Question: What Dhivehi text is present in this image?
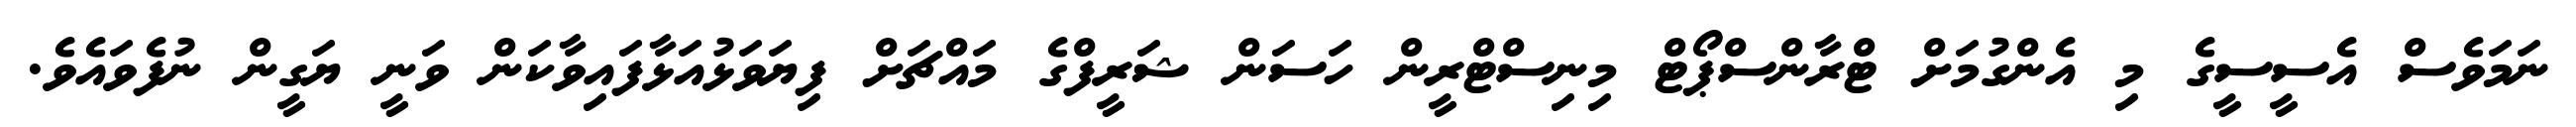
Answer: ނަމަވެސް އެސީސީގެ މި އެންގުމަށް ޓްރާންސްޕޯޓް މިނިސްޓްރީން ހަސަން ޝަރީފްގެ މައްޗަށް ފިޔަވަޅުއަޅާފައިވާކަން ވަނީ ޔަގީން ނުފެވައެވެ.